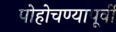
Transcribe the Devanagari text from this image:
पोहोचण्यापूर्वी